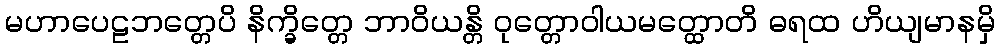
မဟာပေဠဘတ္တေပိ နိက္ခိတ္တေ ဘာဝိယန္တိ ဝုတ္တောဝါယမတ္ထောတိ ဓရထ ဟိယျမာနမှိ